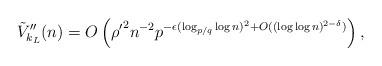
LaTeX: \begin{align*}\tilde V_{k_L}''(n) = O\left( {\rho'}^2 n^{-2} p^{ -\epsilon(\log_{p/q} \log n)^2 + O((\log\log n)^{2-\delta}) } \right),\end{align*}